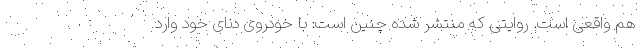
هم واقعی است. روایتی که منتشر شده چنین است: با خودروی دنای خود وارد